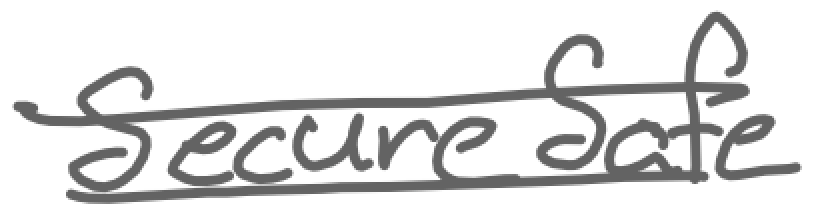
Text: SecureSafe
Cross-out: mix
Writing tool: digital_gray